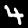
Label: 4